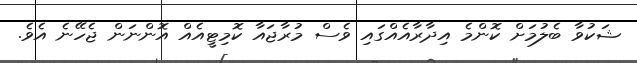
ޝަކުވާ ބެލުމަށް ކޮންމެ އިދާރާއެއްގައި ވެސް މުރާޖައާ ކޮމިޓީއެއް އޮންނަން ޖެހޭނެ އެވެ.